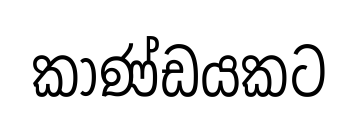
කාණ්ඩයකට